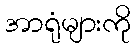
အာရုံများကို